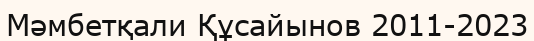
Мәмбетқали Құсайынов 2011-2023